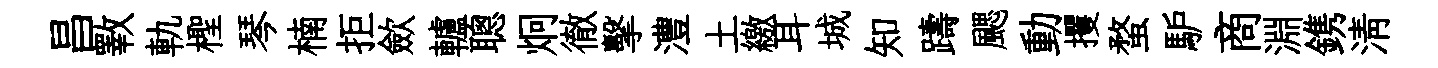
昌斁軌檉琴楠拒歛轤聰炯徹擊澧土繳耳城知躊颸動攫蝥馿商淵鎸淸